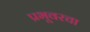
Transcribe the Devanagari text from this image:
प्रभूवरचा